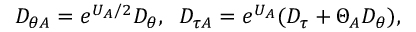
{ \cal D } _ { \theta { \cal A } } = e ^ { U _ { \cal A } / 2 } D _ { \theta } , \; \; { \cal D } _ { \tau { \cal A } } = e ^ { U _ { \cal A } } ( D _ { \tau } + \Theta _ { \cal A } D _ { \theta } ) ,